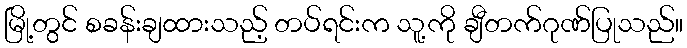
မြို့တွင် စခန်းချထားသည့် တပ်ရင်းက သူ့ကို ချီတက်ဂုဏ်ပြုသည်။